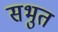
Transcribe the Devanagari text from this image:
सभुत